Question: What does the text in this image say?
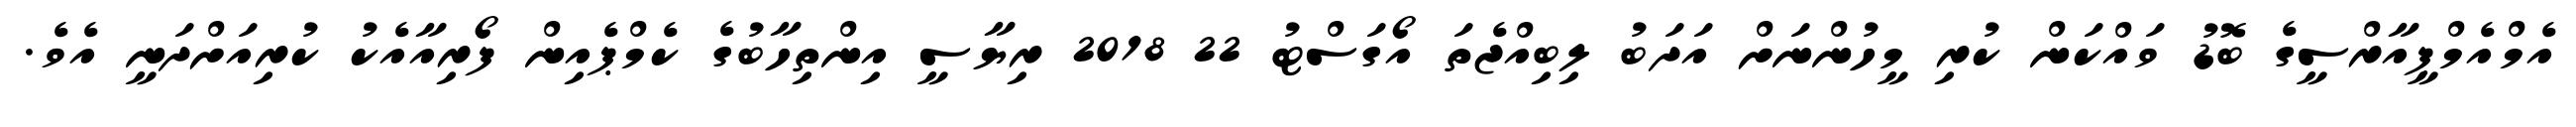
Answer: އެމްއެމްޕީއާރްސީގެ ބޮޑު ވައްކަން ކުރި މީހުންނަށް އަދަބު ލިބިއްޖެތަ އޯގަސްޓު 22 2018 ރިޔާސީ އިންތިހާބުގެ ކެމްޕެއިން ފޯރިއާއެކު ކުރިއަށްދަނީ އެވެ.